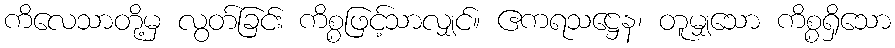
ကိလေသာတို့မှ လွတ်ခြင်း ကိစ္စဖြင့်သာလျှင်။ ဧကရသဋ္ဌေန၊ တူမျှသော ကိစ္စရှိသော